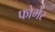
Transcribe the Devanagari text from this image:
फोर्मेर